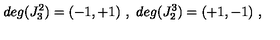
d e g ( J _ { 3 } ^ { 2 } ) = ( - 1 , + 1 ) \ , \ d e g ( J _ { 2 } ^ { 3 } ) = ( + 1 , - 1 ) \ ,